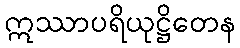
ဣဿာပရိယုဋ္ဌိတေန